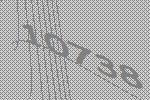
10738